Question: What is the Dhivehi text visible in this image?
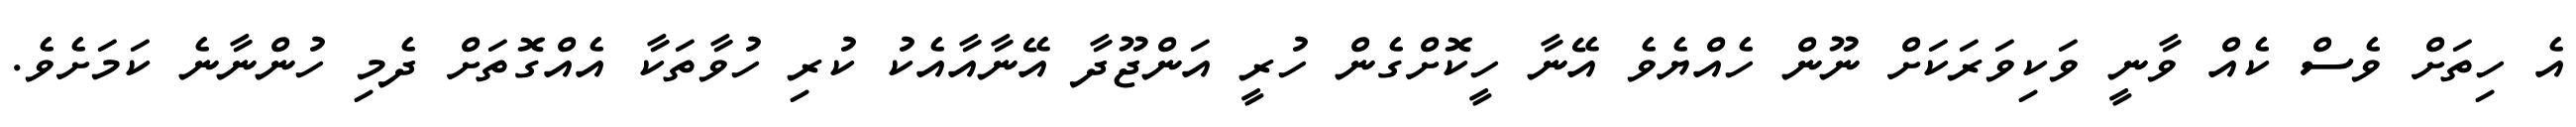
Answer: އެ ހިތަށް ވެސް ކެއް ވާނީ ވަކިވަރަކަށް ނޫން ހެއްޔެވެ އޭނާ ހީކޮށްގެން ހުރީ އަންޖޫދާ އޭނާއާއެކު ކުރި ހުވާތަކާ އެއްގޮތަށް ދެމި ހުންނާނެ ކަމަށެވެ.